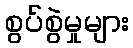
စွပ်စွဲမှုများ